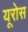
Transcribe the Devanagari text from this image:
यूरोस